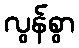
လွန်စွာ